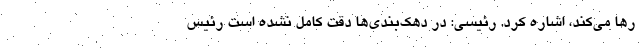
رها می‌کند، اشاره کرد. رئیسی: در دهک‌بندی‌ها دقت کامل نشده است رئیس